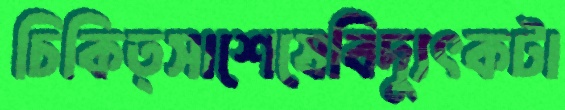
চিকিত্সাশেষেবিদ্যুৎকটা